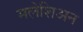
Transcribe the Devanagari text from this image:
मलेशिअन